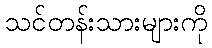
သင်တန်းသားများကို